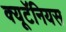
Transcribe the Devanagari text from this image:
क्यूटॅनियस